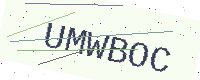
Text: UMWBOC